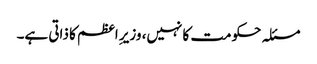
مسئلہ حکومت کا نہیں، وزیرِ اعظم کا ذاتی ہے۔